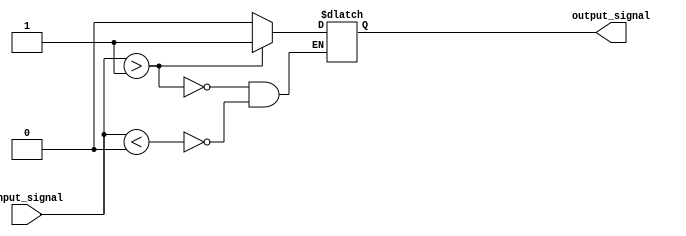
module Schmitt_trigger_buffer(
    input wire input_signal,
    output reg output_signal
);

parameter UPPER_THRESHOLD = 1;
parameter LOWER_THRESHOLD = 0;

always @ (input_signal)
begin
    if (input_signal > UPPER_THRESHOLD)
        output_signal <= 1;
    else if (input_signal < LOWER_THRESHOLD)
        output_signal <= 0;
end

endmodule